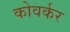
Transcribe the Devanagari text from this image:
कोवर्कर